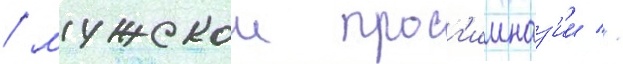
/ мужскои прог'имназ'ии //